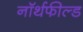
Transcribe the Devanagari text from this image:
नॉर्थफील्ड